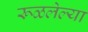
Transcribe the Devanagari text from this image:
रूळलेल्या